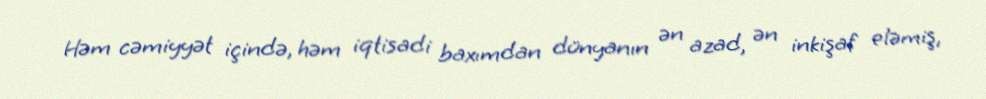
Həm cəmiyyət içində, həm iqtisadi baxımdan dünyanın ən azad, ən inkişaf eləmiş,